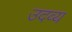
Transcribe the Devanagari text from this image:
उदव्य